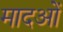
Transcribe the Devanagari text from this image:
मादओं